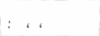
: